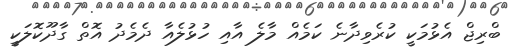
ބްރިޖް އެޅުމަކީ ކުރެވިދާނެ ކަމެއް މާލެ އާއި ހުޅުލެއާ ދެމެދު އޮތް ގާދޫކޮލަކީ